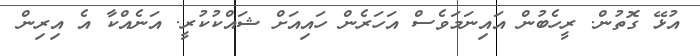
އުޅޭ ގޮތުން. ރީހެބުން އައިނަމަވެސް އަހަރެން ހައިއަށް ޝައްކުކުރީ. އަނެއްކާ އެ އިރިން